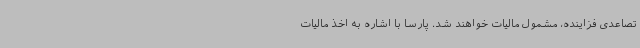
تصاعدی فزاینده، مشمول مالیات خواهند شد. پارسا با اشاره به اخذ مالیات